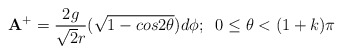
\begin{align*}{\bf A}^{+}=\frac {2g}{{\sqrt {2}}r}(\sqrt{1-cos2{\theta}})d{\phi};\;\;0\leq {\theta}<(1+k){\pi}\end{align*}